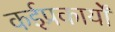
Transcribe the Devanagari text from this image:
कईप्रकार्यों